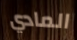
المادي